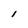
Character: 1